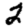
Digit: 2